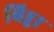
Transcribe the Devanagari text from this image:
बिड्डा